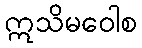
ဣသိမဝေါစ